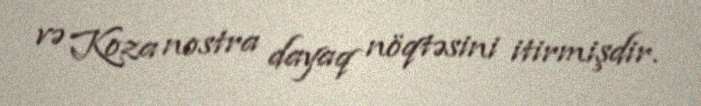
və Koza nostra dayaq nöqtəsini itirmişdir.